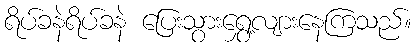
ရိပ်ခနဲရိပ်ခနဲ ပြေးသွားရွှေ့လျားနေကြသည်။